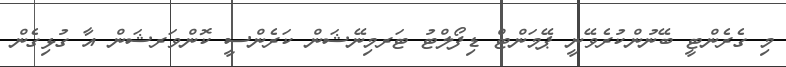
މި ގެރެންޓީ ބޭނުންކުރެވޭނީ ޕޭމަންޓް ޑިފޯލްޓު ޓަރމިނޭޝަން ކަރެންސީ ކޮންވަރޝަން އާ ގުޅިގެން